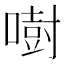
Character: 𠾢